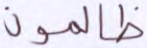
ظالمون